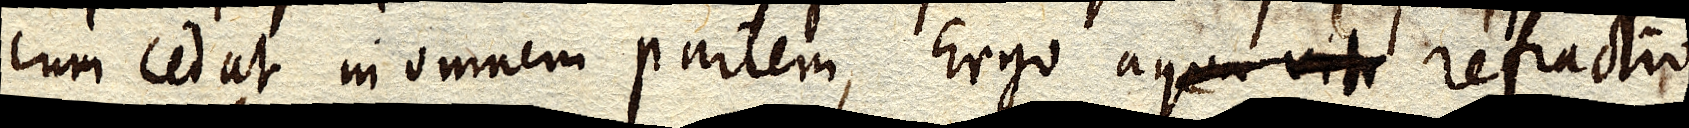
cum cedat in omnem partem, Ergo aqua vitr refractio